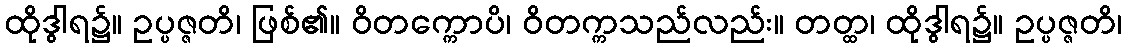
ထိုဒွါရ၌။ ဥပ္ပဇ္ဇတိ၊ ဖြစ်၏။ ဝိတက္ကောပိ၊ ဝိတက္ကသည်လည်း။ တတ္ထ၊ ထိုဒွါရ၌။ ဥပ္ပဇ္ဇတိ၊